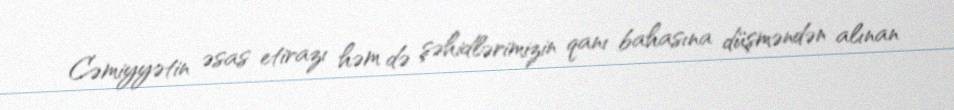
Cəmiyyətin əsas etirazı həm də şəhidlərimizin qanı bahasına düşməndən alınan